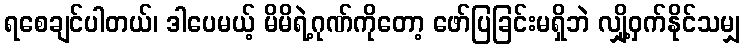
ရစေချင်ပါတယ်၊ ဒါပေမယ့် မိမိရဲ့ဂုဏ်ကိုတော့ ဖော်ပြခြင်းမရှိဘဲ လျှို့ဝှက်နိုင်သမျှ